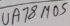
Text: UA78M05